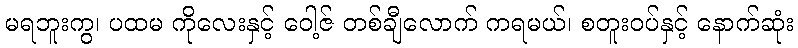
မရဘူးကွ၊ ပထမ ကိုလေးနှင့် ဝေါ့ဇ် တစ်ချီလောက် ကရမယ်၊ စတူးဝပ်နှင့် နောက်ဆုံး